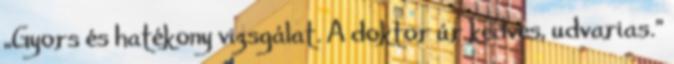
„Gyors és hatékony vizsgálat. A doktor úr kedves, udvarias.”